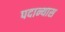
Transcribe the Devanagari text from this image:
पदान्यास